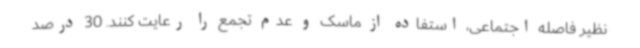
نظیر فاصله اجتماعی، استفاده از ماسک و عدم تجمع را رعایت کنند. 30 درصد